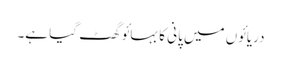
دریائوں میں پانی کا بہائو گھٹ گیا ہے۔